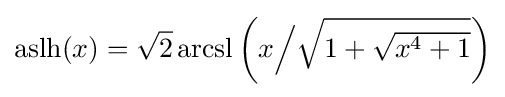
\operatorname {aslh} (x)={\sqrt {2}}\operatorname {arcsl} \left(x{\Big /}{\sqrt {\textstyle 1+{\sqrt {x^{4}+1}}}}\right)